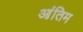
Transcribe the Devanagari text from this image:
आंतिम